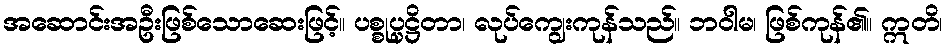
အဆောင်းအဦးဖြစ်သောဆေးဖြင့်။ ပစ္စုပ္ပဋ္ဌိတာ၊ လုပ်ကျွေးကုန်သည်။ ဘဝါမ၊ ဖြစ်ကုန်၏။ ဣတိ၊